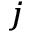
^ j